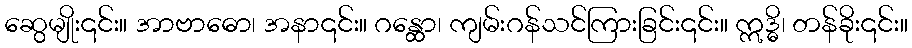
ဆွေမျိုး၎င်း။ အာဗာဓော၊ အနာ၎င်း။ ဂန္ထော၊ ကျမ်းဂန်သင်ကြားခြင်း၎င်း။ ဣဒ္ဓိ၊ တန်ခိုး၎င်း။